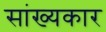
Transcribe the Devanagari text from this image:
सांख्यकार